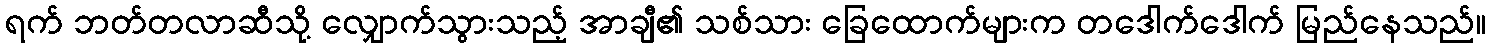
ရက် ဘတ်တလာဆီသို့ လျှောက်သွားသည့် အာချီ၏ သစ်သား ခြေထောက်များက တဒေါက်ဒေါက် မြည်နေသည်။